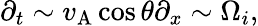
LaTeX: \partial_{t}\sim v_{\mathrm{A}}\cos\theta\partial_{x}\sim\Omega_{i},